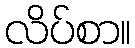
လိပ်စာ။